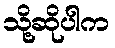
သို့ဆိုပါက